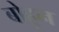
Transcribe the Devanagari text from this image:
बोहून